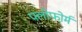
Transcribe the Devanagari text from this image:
फ्लोफोर्म